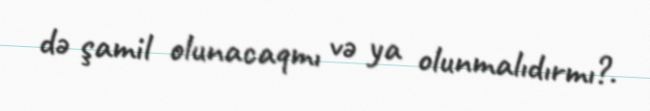
də şamil olunacaqmı və ya olunmalıdırmı?.